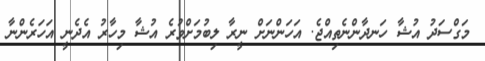
މަގްސަދު އުޝާ ހަނދާންނެތިއްޖެ. އަހަންނަށް ނީރާ ލިބުމަށްވުރެ އުޝާ މިހާރު އެދެނީ އަހަރެންނާ